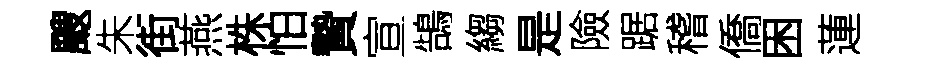
颼朱街燕株怕贄宣鵠縐是險踞稽僑困蓮